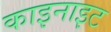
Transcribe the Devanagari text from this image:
काइनाइट